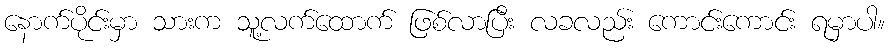
နောက်ပိုင်းမှာ သားက သူ့လက်ထောက် ဖြစ်လာပြီး လခလည်း ကောင်းကောင်း ရမှာပါ။